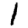
Digit: 1